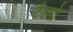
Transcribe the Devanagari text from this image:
टैल्गो